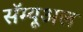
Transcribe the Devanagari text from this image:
सॅम्यूअल